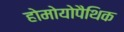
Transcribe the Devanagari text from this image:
होमोयोपैथिक